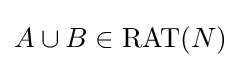
A\cup B\in \mathrm {RAT} (N)